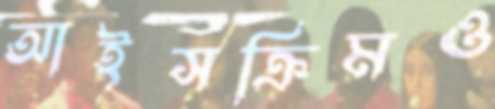
আইসক্রিমও